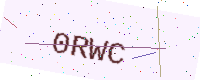
Text: 0RWC